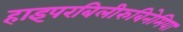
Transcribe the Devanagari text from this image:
हाइपरबिलीरुबिनेमिया